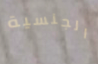
الجنسية